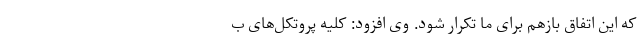
که این اتفاق بازهم برای ما تکرار شود. وی افزود: کلیه پروتکل‌های ب